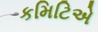
કમિટિએ